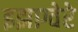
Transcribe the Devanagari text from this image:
इझाग्वेरे